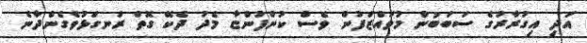
އަދި އިގުރާރުގެ ސަބަބުން މުވައްޒަފުން ވެސް ކުންފުންޏާ މެދު ދެކޭ ގޮތް ރަނގަޅުވެގެންދާނެ